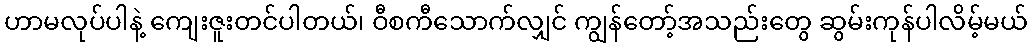
ဟာမလုပ်ပါနဲ့ ကျေးဇူးတင်ပါတယ်၊ ဝီစကီသောက်လျှင် ကျွန်တော့်အသည်းတွေ ဆွမ်းကုန်ပါလိမ့်မယ်